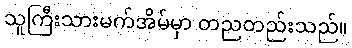
သူကြီးသားမက်အိမ်မှာ တညတည်းသည်။